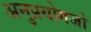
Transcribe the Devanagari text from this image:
अनुप्रयोगजो